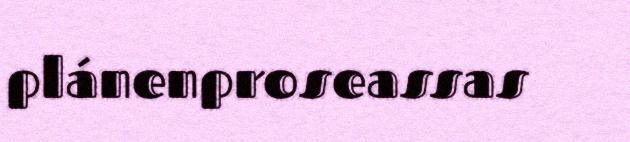
plánenproseassas